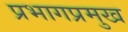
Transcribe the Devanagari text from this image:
प्रभागप्रमुख